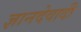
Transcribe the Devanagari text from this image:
ज्ञानदेवादी